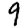
Digit: 9